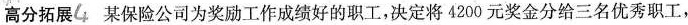
高分拓展#4#某保险公司为奖励工作成绩好的职工，